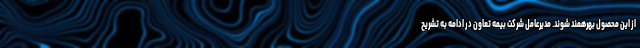
از این محصول بهرهمند شوند. مدیرعامل شرکت بیمه تعاون در ادامه به تشریح